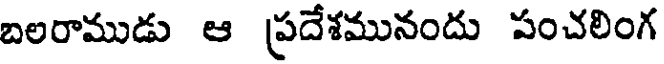
బలరాముడు ఆ ప్రదేశమునందు పంచలింగ